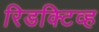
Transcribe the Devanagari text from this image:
रिडक्टिव्ह